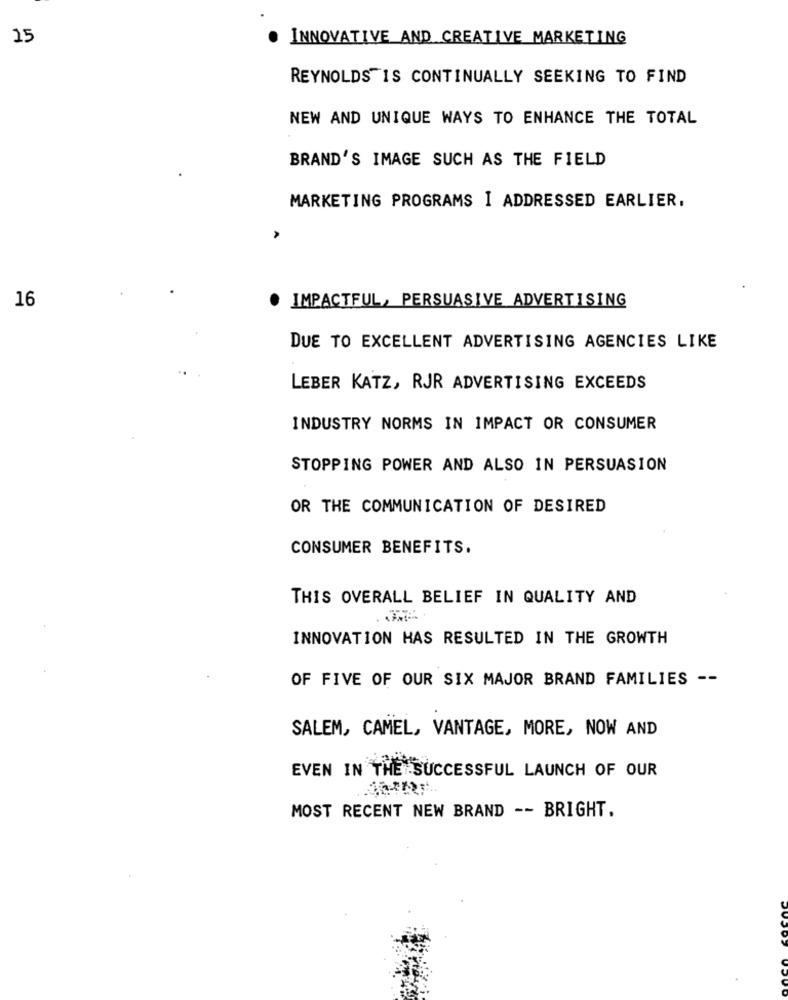
15
INNOVATIVE AND CREATIVE MARKETING
REYNOLDS IS CONTINUALLY SEEKING TO FIND
NEW AND UNIQUE WAYS TO ENHANCE THE TOTAL
BRAND'S IMAGE SUCH AS THE FIELD
MARKETING PROGRAMS I ADDRESSED EARLIER.
IMPACTFUL, PERSUASIVE ADVERTISING
16
DUE TO EXCELLENT ADVERTISING AGENCIES LIKE
LEBER KATZ, RJR ADVERTISING EXCEEDS
INDUSTRY NORMS IN IMPACT OR CONSUMER
STOPPING POWER AND ALSO IN PERSUASION
OR THE COMMUNICATION OF DESIRED
CONSUMER BENEFITS.
THIS OVERALL BELIEF IN QUALITY AND
INNOVATION HAS RESULTED IN THE GROWTH
OF FIVE OF OUR SIX MAJOR BRAND FAMILIES --
SALEM, CAMEL, VANTAGE, MORE, NOW AND
EVEN IN THE SUCCESSFUL LAUNCH OF OUR
MOST RECENT NEW BRAND -- BRIGHT.